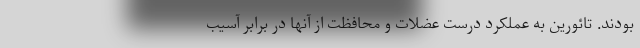
بودند. تائورین به عملکرد درست عضلات و محافظت از آنها در برابر آسیب